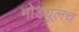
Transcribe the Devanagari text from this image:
मोड्यूलच